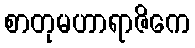
စာတုမဟာရာဇိကေ